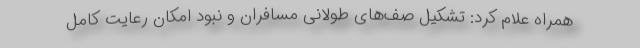
همراه علام کرد: تشکیل صف‌های طولانی مسافران و نبود امکان رعایت کامل